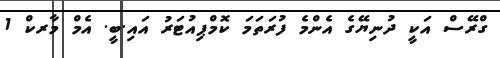
ގްރޭސް އަކީ ދުނިޔޭގެ އެންމެ ފުރަތަމަ ކޮމްޕިއުޓަރު އައި.ބީ. އެމް މާރކް 1